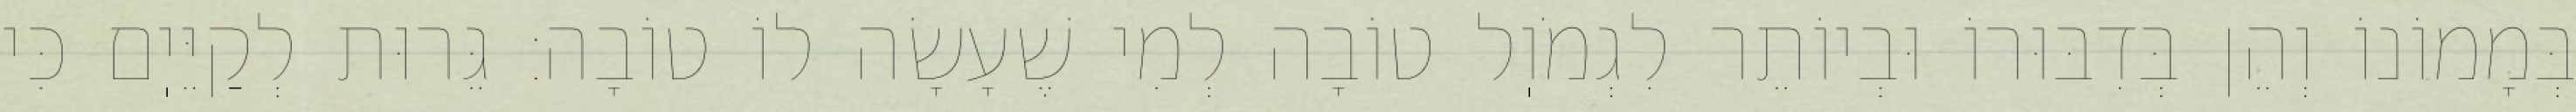
בְּמָמוֹנוֹ וְהֵן בְּדִבּוּרוֹ וּבְיוֹתֵר לִגְמֹוֽל טוֹבָה לְמִי שֶׁעָשָׂה לוֹ טוֹבָה: גֵּרוּת לְקַיֵּיֽם כִּי